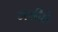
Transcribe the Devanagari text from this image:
मसीहे